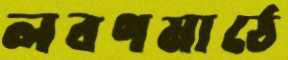
লবণমাঠে